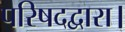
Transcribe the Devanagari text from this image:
परिषदद्वारा।